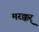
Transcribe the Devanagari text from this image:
मरक्कर्